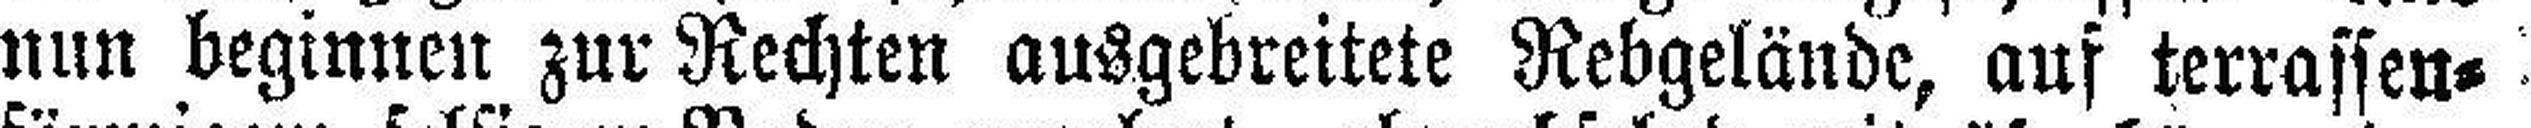
nun beginnen zur Rechten ausgebreitete Rebgelände, auf terrassen¬